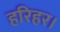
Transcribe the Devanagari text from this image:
हरिहर।